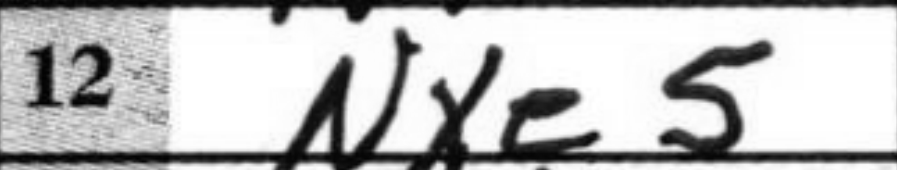
Transcription: Nxe5